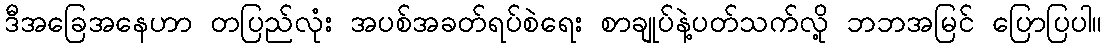
ဒီအခြေအနေဟာ တပြည်လုံး အပစ်အခတ်ရပ်စဲရေး စာချုပ်နဲ့ပတ်သက်လို့ ဘဘအမြင် ပြောပြပါ။